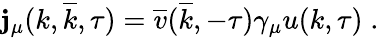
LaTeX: \mathbf{j}_{\mu}(k,\overline{{{{k}}}},\tau)=\overline{{{{v}}}}(\overline{{{{k}}}},-\tau)\gamma_{\mu}u(k,\tau)\; .